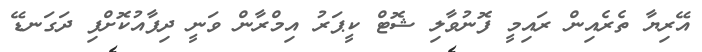
އޭރިޔާ ތެރެއިން ރައިމީ ފޮނުވާލި ޝޮޓް ކީޕަރު އިމްރާން ވަނީ ދިފާއުކޮށްފި ދަގަނޑޭ